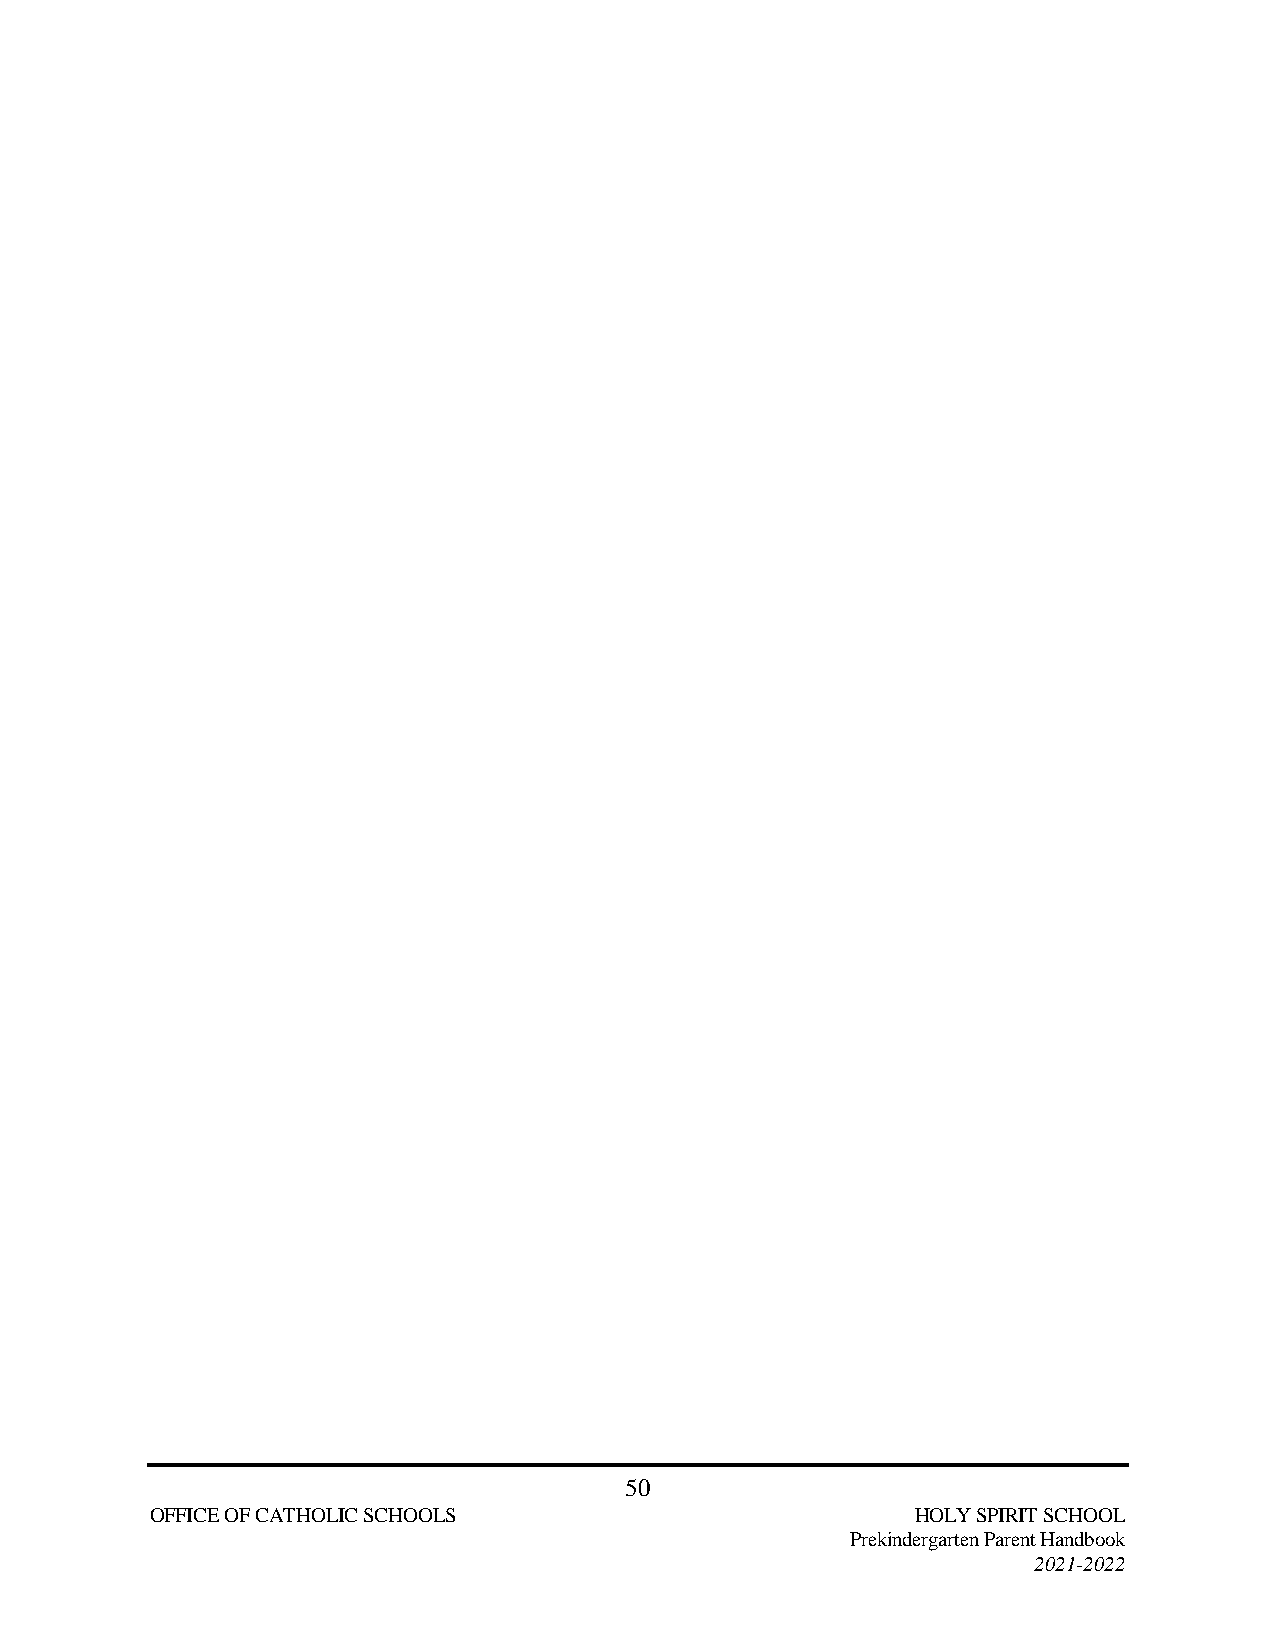
50
 OFFICE OF CATHOLIC SCHOOLS                         HOLY SPIRIT SCHOOL
 Prekindergarten Parent Handbook
 2021-2022